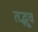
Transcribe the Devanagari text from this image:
तद्भूव